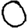
Digit: 0